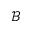
\mathcal { B }